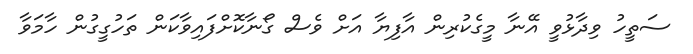
ސަތީހު ވިދާޅުވީ އޭނާ މީގެކުރިން އާފިޔާ އަށް ވެސް ގޯނާކޮށްފައިވާކަން ތަހުގީގުން ހާމަވާ